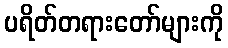
ပရိတ်တရားတော်များကို